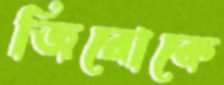
জিরোকে